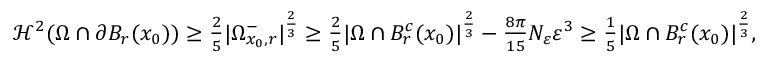
\begin{array} { r } { \mathcal { H } ^ { 2 } ( \Omega \cap \partial B _ { r } ( x _ { 0 } ) ) \geq \frac { 2 } { 5 } | \Omega _ { x _ { 0 } , r } ^ { - } | ^ { \frac { 2 } { 3 } } \geq \frac 2 5 | \Omega \cap B _ { r } ^ { c } ( x _ { 0 } ) | ^ { \frac { 2 } { 3 } } - { \frac { 8 \pi } { 1 5 } } N _ { \varepsilon } \varepsilon ^ { 3 } \geq \frac { 1 } { 5 } | \Omega \cap B _ { r } ^ { c } ( x _ { 0 } ) | ^ { \frac { 2 } { 3 } } , } \end{array}